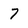
Character: 7